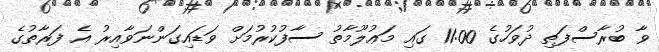
ވާ ބުރާސްފަތި ދުވަހުގެ 11:00 ގައި މަޢުލޫމާތު ސާފުކުރުމަށް ވަޑައިގަންނަވާއިރު އެ ފަރާތުގެ